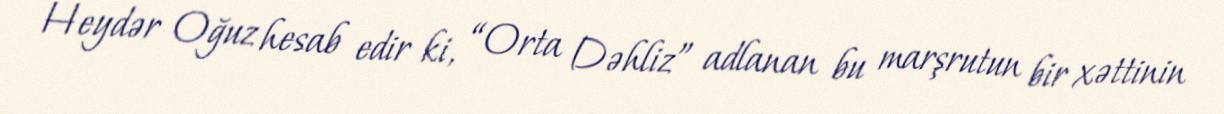
Heydər Oğuz hesab edir ki, “Orta Dəhliz” adlanan bu marşrutun bir xəttinin